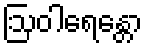
ဩဝါရေန္တော